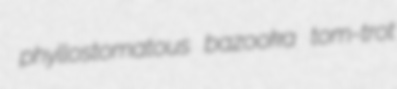
phyllostomatous bazooka tom-trot